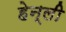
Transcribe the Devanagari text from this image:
हेन्ली